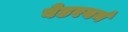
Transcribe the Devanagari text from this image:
वेडरबर्न